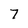
Character: 7